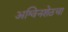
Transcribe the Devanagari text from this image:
अश्विनशेठचा